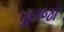
પૂછજો